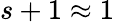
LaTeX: s+1\approx 1